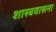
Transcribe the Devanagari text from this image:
शास्त्रवासना